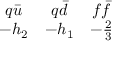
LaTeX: \begin{array} { c c c } { { q \bar { u } } } & { { q \bar { d } } } & { { f \bar { f } } } \\ { { - h _ { 2 } } } & { { - h _ { 1 } } } & { { - { \frac { 2 } { 3 } } } } \end{array}